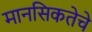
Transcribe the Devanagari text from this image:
मानसिकतेचे